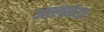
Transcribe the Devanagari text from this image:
आलमेडा